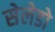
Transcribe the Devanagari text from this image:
सेलेडो